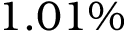
1 . 0 1 \%